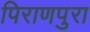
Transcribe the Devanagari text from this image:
पिराणपुरा